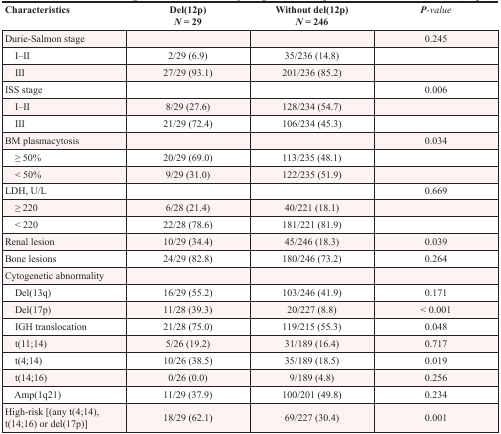
| Characteristics | Del(12p)N = 29 | Without del(12p)N = 246 | P-value |
 | --- | --- | --- | --- |
 | Durie-Salmon stage |  |  | 0.245 |
 | I–II | 2/29 (6.9) | 35/236 (14.8) |  |
 | III | 27/29 (93.1) | 201/236 (85.2) |  |
 | ISS stage |  |  | 0.006 |
 | I–II | 8/29 (27.6) | 128/234 (54.7) |  |
 | III | 21/29 (72.4) | 106/234 (45.3) |  |
 | BM plasmacytosis |  |  | 0.034 |
 | ≥ 50% | 20/29 (69.0) | 113/235 (48.1) |  |
 | < 50% | 9/29 (31.0) | 122/235 (51.9) |  |
 | LDH, U/L |  |  | 0.669 |
 | ≥ 220 | 6/28 (21.4) | 40/221 (18.1) |  |
 | < 220 | 22/28 (78.6) | 181/221 (81.9) |  |
 | Renal lesion | 10/29 (34.4) | 45/246 (18.3) | 0.039 |
 | Bone lesions | 24/29 (82.8) | 180/246 (73.2) | 0.264 |
 | Cytogenetic abnormality |  |  |  |
 | Del(13q) | 16/29 (55.2) | 103/246 (41.9) | 0.171 |
 | Del(17p) | 11/28 (39.3) | 20/227 (8.8) | < 0.001 |
 | IGH translocation | 21/28 (75.0) | 119/215 (55.3) | 0.048 |
 | t(11;14) | 5/26 (19.2) | 31/189 (16.4) | 0.717 |
 | t(4;14) | 10/26 (38.5) | 35/189 (18.5) | 0.019 |
 | t(14;16) | 0/26 (0.0) | 9/189 (4.8) | 0.256 |
 | Amp(1q21) | 11/29 (37.9) | 100/201 (49.8) | 0.234 |
 | High-risk [(any t(4;14), t(14;16) or del(17p)] | 18/29 (62.1) | 69/227 (30.4) | 0.001 |